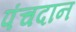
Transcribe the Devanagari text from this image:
पंचदान